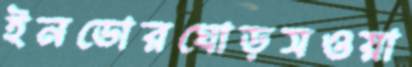
ইনডোরঘোড়সওয়া